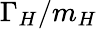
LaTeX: \Gamma_{H}/m_{H}